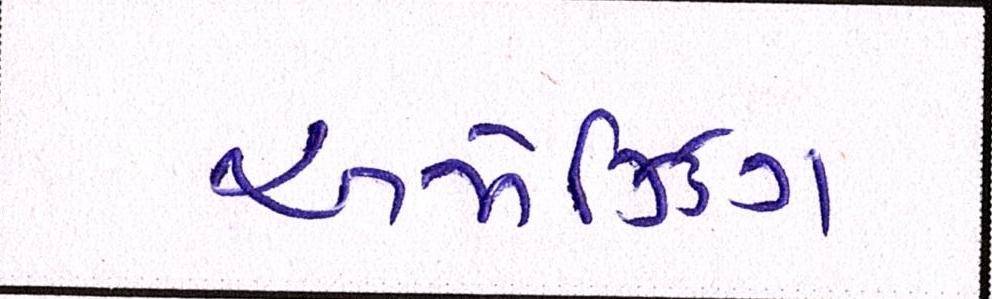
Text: અમેઝિંગ